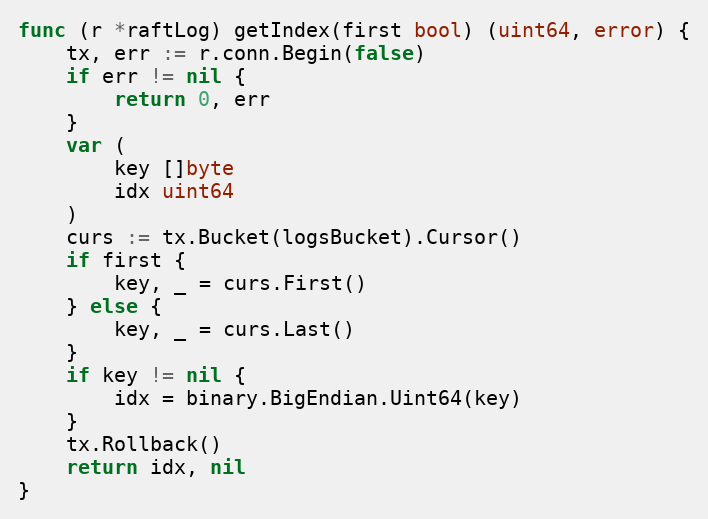
Language: Go
func (r *raftLog) getIndex(first bool) (uint64, error) {
	tx, err := r.conn.Begin(false)
	if err != nil {
		return 0, err
	}
	var (
		key []byte
		idx uint64
	)
	curs := tx.Bucket(logsBucket).Cursor()
	if first {
		key, _ = curs.First()
	} else {
		key, _ = curs.Last()
	}
	if key != nil {
		idx = binary.BigEndian.Uint64(key)
	}
	tx.Rollback()
	return idx, nil
}